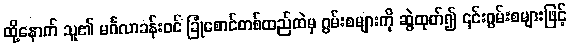
ထို့နောက် သူ၏ မင်္ဂလာခန်းဝင် ခြုံစောင်တစ်ထည်ထဲမှ ဂွမ်းစများကို ဆွဲထုတ်၍ ၎င်းဂွမ်းစများဖြင့်